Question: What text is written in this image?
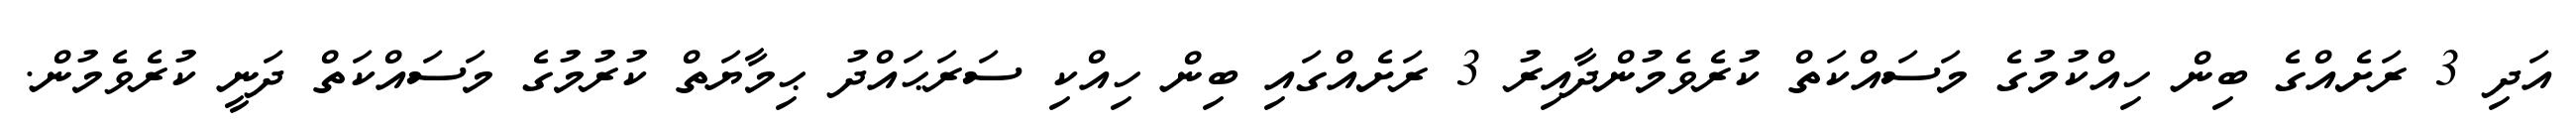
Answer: އަދި 3 ރަށެއްގެ ބިން ހިއްކުމުގެ މަސައްކަތް ކުރެވެމުންދާއިރު 3 ރަށެއްގައި ބިން ހިއްކި ސަރަޙައްދު ޙިމާޔަތް ކުރުމުގެ މަސައްކަތް ދަނީ ކުރެވެމުން.